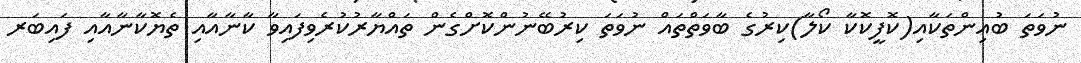
ނުވަތަ ބުއިންތަކާއި(ކޮފީކޮކާ ކޯލާ)ކިރުގެ ބާވަތްތައް ނުވަތަ ކިރުބޭނުންކޮށްގެން ތައްޔާރުކުރެވިފައިވާ ކާނާއާއި ތެޔޮކާނާއާއި ފައިބަރ